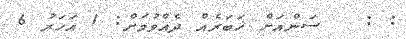
: :   ސަންއަށް ޚަބަރެއް ދެއްވުމަށް: 1 އަހަރު 6